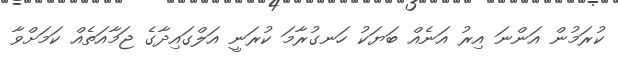
ކުރަމުން އަންނަ އިރު އަނެއް ބަޔަކު ހަނގުރާމަ ކުރަނީ އަލްގައިދާގެ ޖަމާއަތެއް ކަމަށްވާ